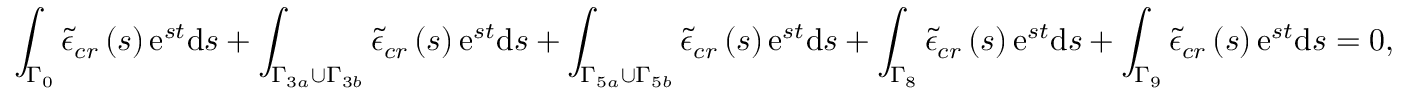
\int _ { \Gamma _ { 0 } } \tilde { \epsilon } _ { c r } \left( s \right) \mathrm { e } ^ { s t } \mathrm { d } s + \int _ { \Gamma _ { 3 a } \cup \Gamma _ { 3 b } } \tilde { \epsilon } _ { c r } \left( s \right) \mathrm { e } ^ { s t } \mathrm { d } s + \int _ { \Gamma _ { 5 a } \cup \Gamma _ { 5 b } } \tilde { \epsilon } _ { c r } \left( s \right) \mathrm { e } ^ { s t } \mathrm { d } s + \int _ { \Gamma _ { 8 } } \tilde { \epsilon } _ { c r } \left( s \right) \mathrm { e } ^ { s t } \mathrm { d } s + \int _ { \Gamma _ { 9 } } \tilde { \epsilon } _ { c r } \left( s \right) \mathrm { e } ^ { s t } \mathrm { d } s = 0 ,